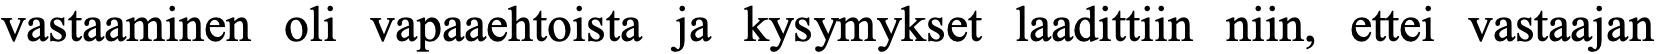
vastaaminen oli vapaaehtoista ja kysymykset laadittiin niin, ettei vastaajan